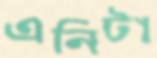
এনিটা